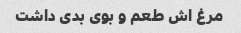
مرغ اش طعم و بوی بدی داشت